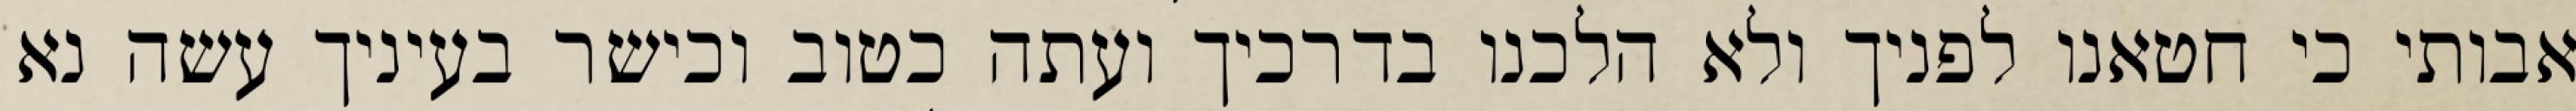
אבותי כי חטאנו לפניך ולא הלכנו בדרכיך ועתה כטוב וכישר בעיניך עשה נא